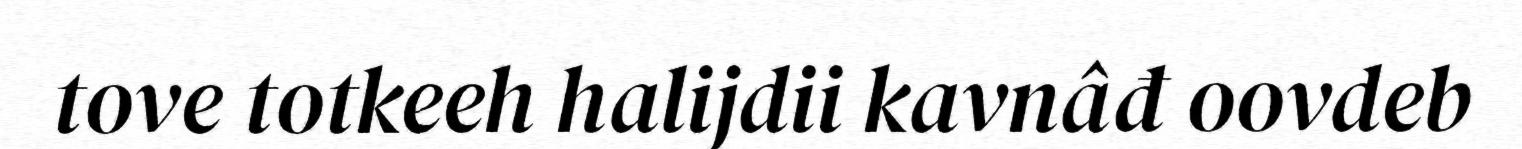
tove totkeeh halijdii kavnâđ oovdeb